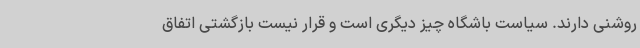
روشنی دارند. سیاست باشگاه چیز دیگری است و قرار نیست بازگشتی اتفاق